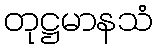
တုဋ္ဌမာနသံ